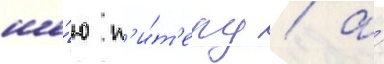
ше́ю п'и́т'еру / а́